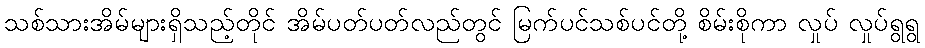
သစ်သားအိမ်များရှိသည့်တိုင် အိမ်ပတ်ပတ်လည်တွင် မြက်ပင်သစ်ပင်တို့ စိမ်းစိုကာ လှုပ် လှုပ်ရွရွ